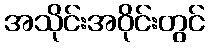
အသိုင်းအဝိုင်းတွင်